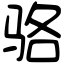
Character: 骆